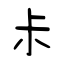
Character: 尗